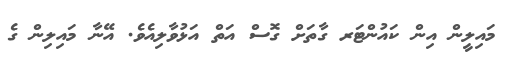
މައިލީން އިން ކައުންޓަރ ގާތަށް ގޮސް އަތް އަޅުވާލިއެވެ. އޭނާ މައިލިން ގެ